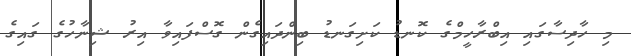
މި ހާދިސާގައި އިބްރާހީމްގެ ކޮނޑު ކަށިގަނޑު ބިންދައިގެން ގޮސްފައިވާ އިރު ޝިނާހުގެ ގައިގެ